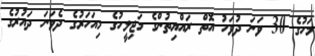
މަހުގެ 30 ވަނަ ދުވަހު އޮތް ރައްޔިތުންގެ މަޖިލީހުގެ މިއަހަރުގެ ދެވަނަ ދައުރުގެ